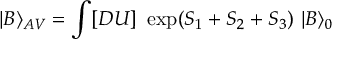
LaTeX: | { \cal B } \rangle _ { A V } = \int [ D U ] \ \exp ( S _ { 1 } + S _ { 2 } + S _ { 3 } ) \ | { \cal B } \rangle _ { 0 }